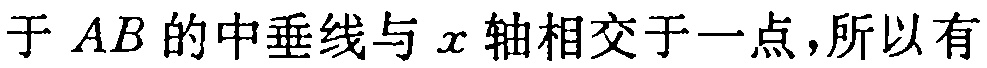
于 \(AB\) 的中垂线与 \(x\) 轴相交于一点，所以有